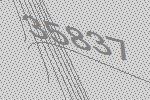
35837